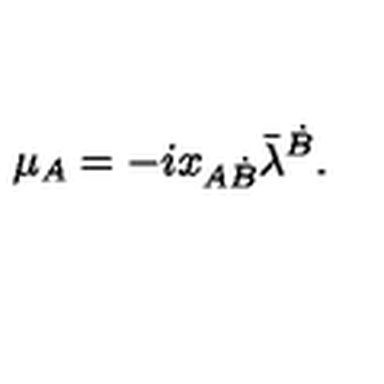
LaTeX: \mu _ { A } = - i x _ { A \dot { B } } \bar { \lambda } ^ { \dot { B } } .